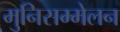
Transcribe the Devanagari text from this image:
मुनिसम्मेलन